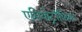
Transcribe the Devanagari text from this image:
एमियोट्रॉफ़िक